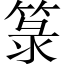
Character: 箓